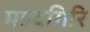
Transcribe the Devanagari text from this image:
महदगिरि